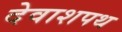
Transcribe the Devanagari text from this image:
देवाशपथ